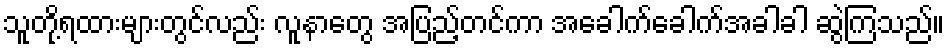
သူတို့ရထားများတွင်လည်း လူနာတွေ အပြည့်တင်ကာ အခေါက်ခေါက်အခါခါ ဆွဲကြသည်။